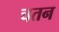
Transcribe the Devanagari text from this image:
चतन